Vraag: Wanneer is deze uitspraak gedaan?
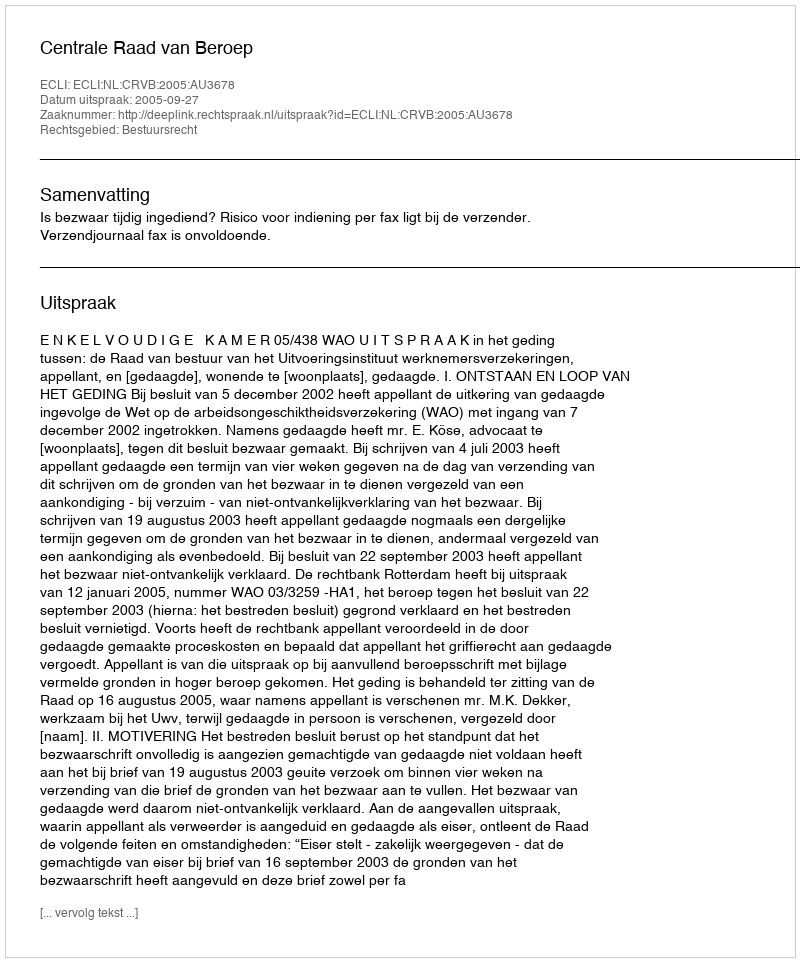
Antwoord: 2005-09-27